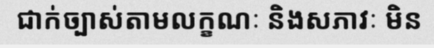
ជាក់ច្បាស់តាមលក្ខណៈ និងសភាវៈ មិន